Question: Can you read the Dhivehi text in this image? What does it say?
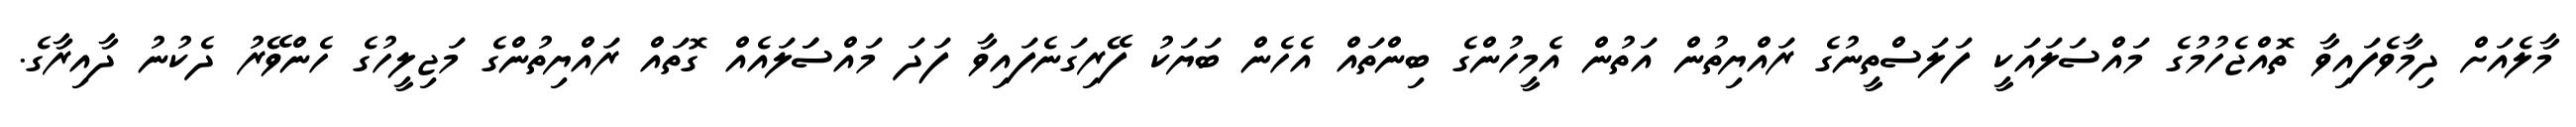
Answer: މާލެއަށް ދިމާވެފައިވާ ތޮއްޖެހުމުގެ މައްސަލައަކީ ފަލަސްތީނުގެ ރައްޔިތުން އަތުން އެމީހުންގެ ބިންތައް އެހެން ބަޔަކު ފޭރިގަނެފައިވާ ފަދަ މައްސަަލައެއް ގޮތައް ރައްޔިތުންގެ މަޖިލީހުގެ ހެންވޭރު ދެކުނު ދާއިރާގެ.